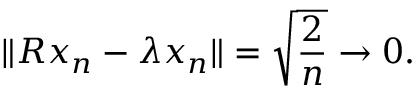
\| R x _ { n } - \lambda x _ { n } \| = { \sqrt { \frac { 2 } { n } } } \to 0 .